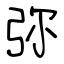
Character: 弥